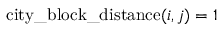
\mathrm { c i t y \_ b l o c k \_ d i s t a n c e } ( i , j ) = 1